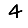
Digit: 4